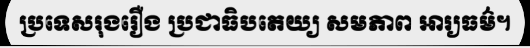
ប្រទេសរុងរឿង ប្រជាធិបតេយ្យ សមភាព អារ្យធម៌។